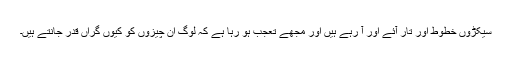
سیکڑوں خطوط اور تار آئے اور آ رہے ہیں اور مجھے تعجب ہو رہا ہے کہ لوگ ان چیزوں کو کیوں گراں قدر جانتے ہیں۔